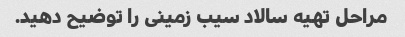
مراحل تهیه سالاد سیب زمینی را توضیح دهید.